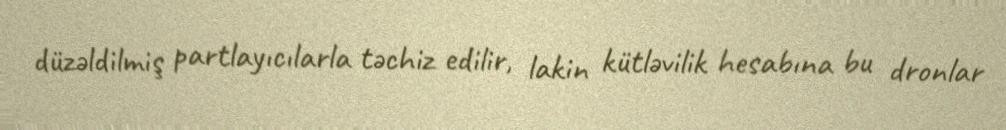
düzəldilmiş partlayıcılarla təchiz edilir, lakin kütləvilik hesabına bu dronlar